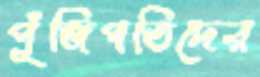
পুঁজিপতিদের